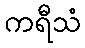
ကရီသံ